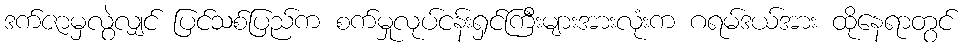
ဒက်ဇာမှလွဲလျှင် ပြင်သစ်ပြည်က စက်မှုလုပ်ငန်းရှင်ကြီးများအားလုံးက ဂရမ်ဒယ်အား ထိုနေရာတွင်